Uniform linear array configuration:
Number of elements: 32
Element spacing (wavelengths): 0.75
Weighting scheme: hamming
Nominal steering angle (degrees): -30
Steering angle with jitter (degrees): -29.019
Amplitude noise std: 0.05
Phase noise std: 0.05

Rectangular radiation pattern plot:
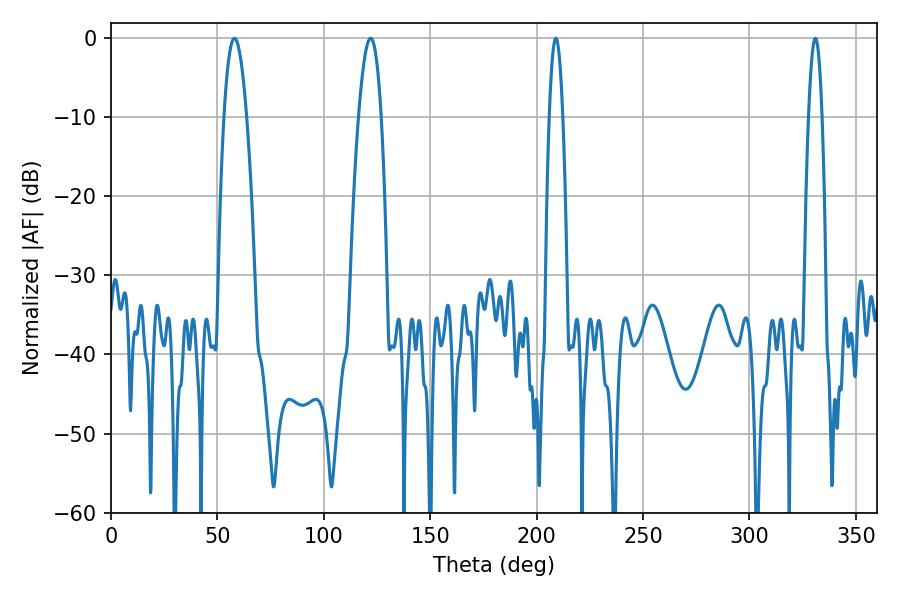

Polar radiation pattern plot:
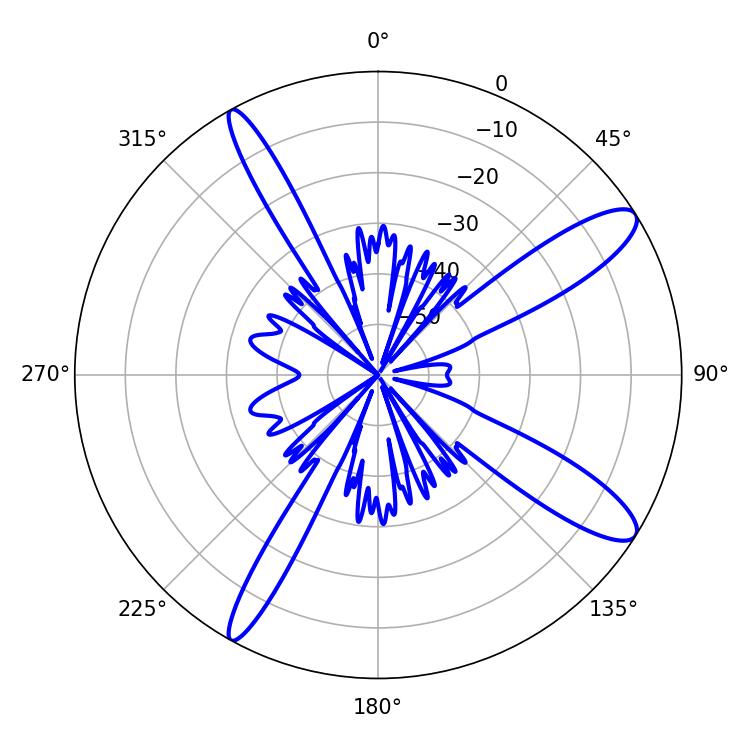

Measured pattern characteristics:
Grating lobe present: TRUE
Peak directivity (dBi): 12.114
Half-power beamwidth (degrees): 5.76
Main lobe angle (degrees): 57.96